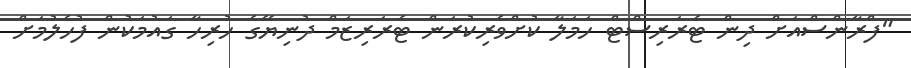
"ފްރާންސްއަށް ދިން ޓެރަރިސްޓް ހަމަލާ ކުށްވެރިކުރަން ޓެރަރިޒަމް ދުނިޔޭގެ ހުރިހާ ގައުމަކުން ފުހެލުމަށް